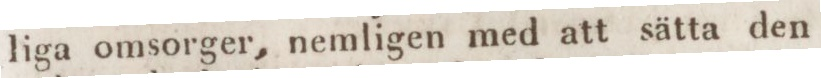
liga omsorger, nemligen med att sätta den